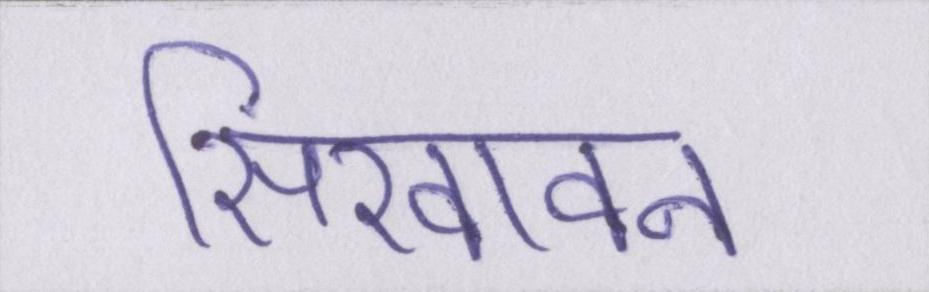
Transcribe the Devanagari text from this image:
सिखावन